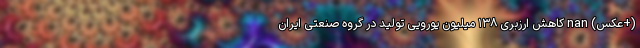
(+عکس) nan کاهش ارزبری ۱۳۸ میلیون یورویی تولید در گروه صنعتی ایران